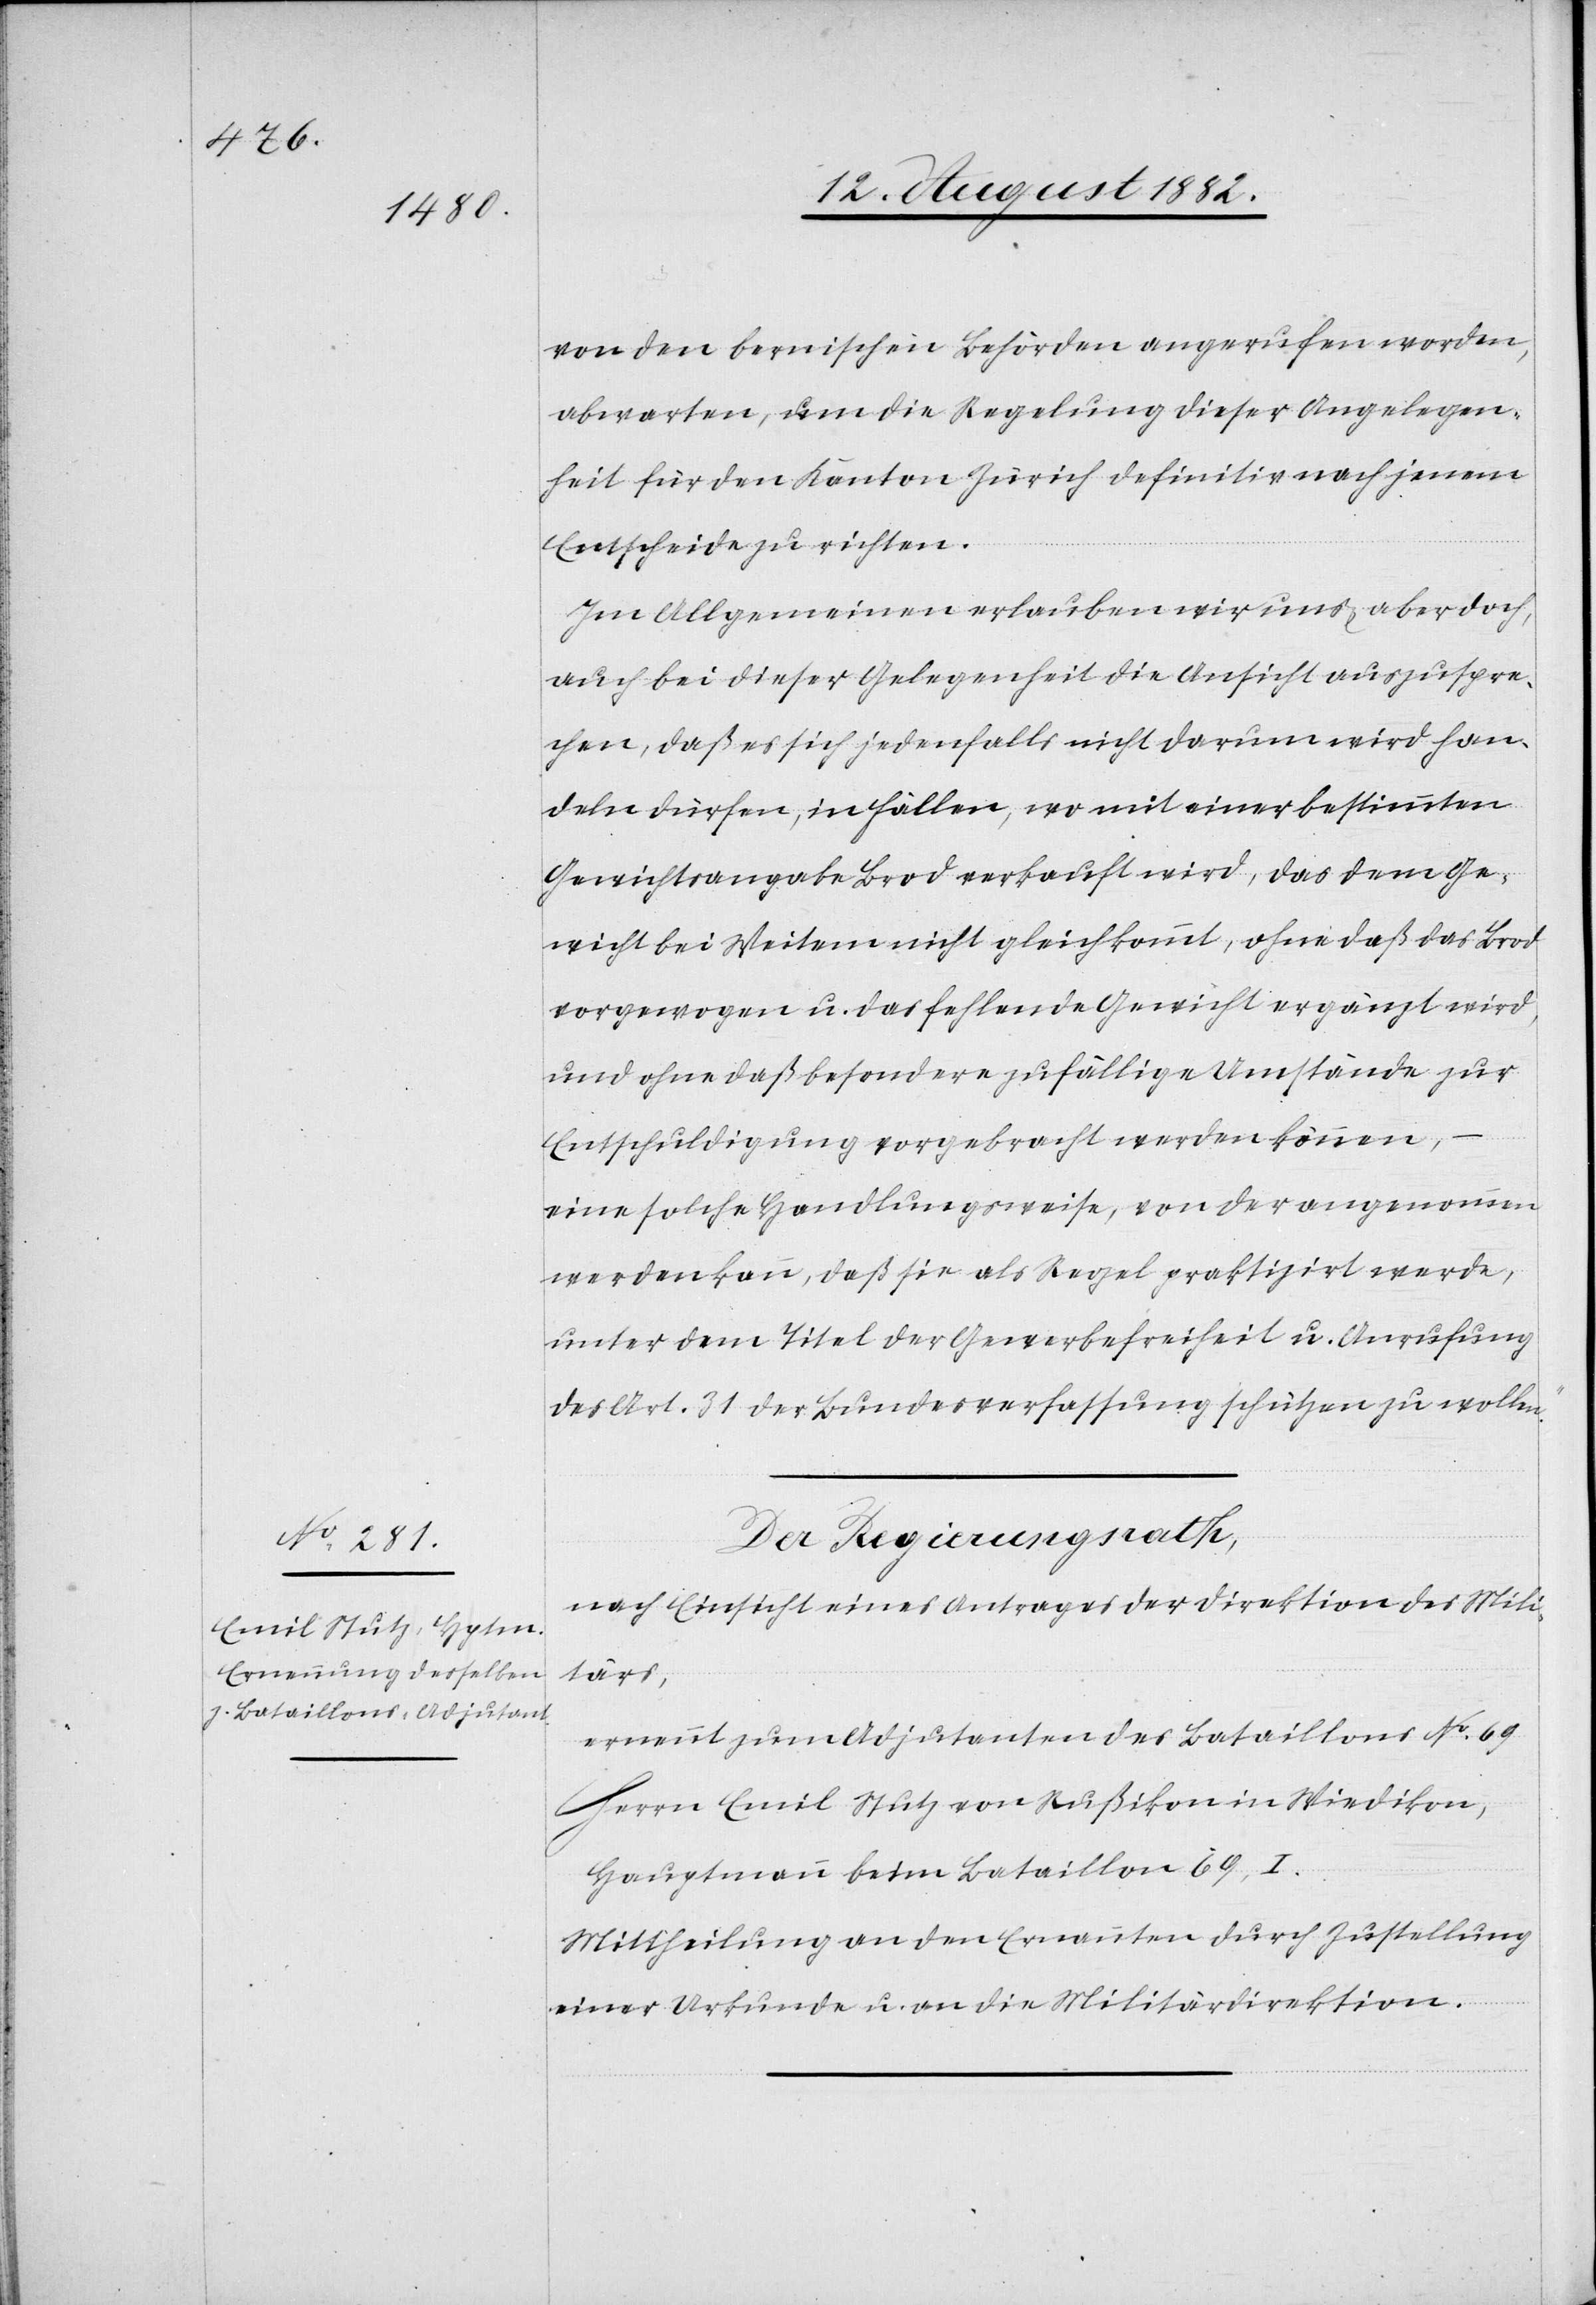
von den bernischen Behörden angerufen worden,
abwarten, um die Regelung dieser Angelegen¬
heit für den Kanton Zürich definitiv nach jenem
Entscheide zu richten.
Im Allgemeinen erlauben wir uns aber doch,
auch bei dieser Gelegenheit die Ansicht auszuspre¬
chen, daß es sich jedenfalls nicht darum wird han¬
deln dürfen, in Fällen, wo mit einer bestimmten
Gewichtsangabe Brod verkauft wird, das dem Ge¬
wicht bei Weitem nicht gleichkommt, ohne daß das Brod
vorgewogen u. das fehlende Gewicht ergänzt wird,
und ohne daß besondere zufällige Umstände zur
Entschuldigung vorgebracht werden können,
eine solche Handlungsweise, von der angenommen
werden kann, daß sie als Regel praktizirt werde,
unter dem Titel der Gewerbefreiheit u. Anrufung
des Art. 31 der Bundesverfassung schützen zu wollen.“
Der Regierungsrath;
nach Einsicht eines Antrages der Direktion des Mili¬
tärs,
ernennt zum Adjutanten des Bataillons No 69
Herrn Emil Stutz von Rußikon in Wiedikon,
Hauptmann beim Bataillon 69 I.
Mittheilung an den Ernannten durch Zustellung
einer Urkunde u. an die Militärdirektion.